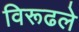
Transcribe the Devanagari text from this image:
विरूढले